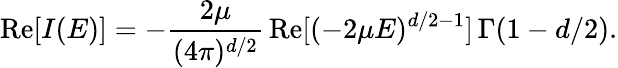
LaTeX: \mathrm{Re}[I(E)]=-\frac{2\mu}{(4\pi)^{d/2}}\, \mathrm{Re}[(-2\mu E)^{d/2-1}]\, \Gamma(1-d/2).